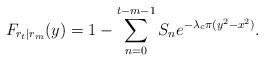
LaTeX: \begin{align*}F_{r_t|r_m}(y)=1 - \sum^{t-m-1}_{n=0} S_n e^{-\lambda_c \pi (y^2-x^2)} .\end{align*}